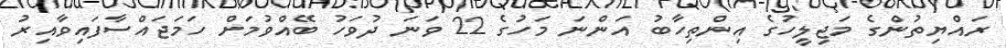
ރައްޔިތުންގެ މަޖިލީހުގެ އިންތިހާބު އަންނަ މަހުގެ 22 ވަނަ ދުވަހު ބޭއްވުމަށް ހަމަޖައްސާފައިވާއިރު